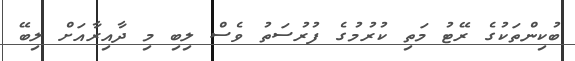
ބުކިންތަކުގެ ރޭޓު މަތި ކުރުމުގެ ފުރުސަތު ވެސް ލިބި މި ދާއިރާއަށް ލިބޭ